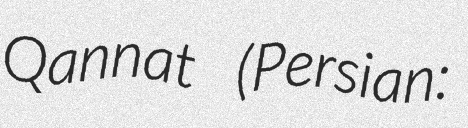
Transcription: Qannat (Persian: